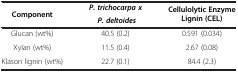
<table><thead><tr><td rowspan="2"><b>Component</b></td><td><b><i>P. trichocarpa x</i></b></td><td rowspan="2"><b>Cellulolytic Enzyme Lignin (CEL)</b></td></tr><tr><td><b><i> P. deltoides</i></b></td></tr></thead><tbody><tr><td>Glucan (wt%)</td><td>40.5 (0.2)</td><td>0.591 (0.034)</td></tr><tr><td>Xylan (wt%)</td><td>11.5 (0.4)</td><td>2.67 (0.08)</td></tr><tr><td>Klason lignin (wt%)</td><td>22.7 (0.1)</td><td>84.4 (2.3)</td></tr></tbody></table>